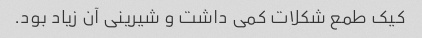
کیک طمع شکلات کمی داشت و شیرینی آن زیاد بود.